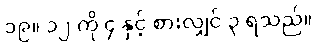
၁၉။ ၁၂ ကို ၄ နှင့် စားလျှင် ၃ ရသည်။